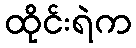
ထိုင်းရဲက